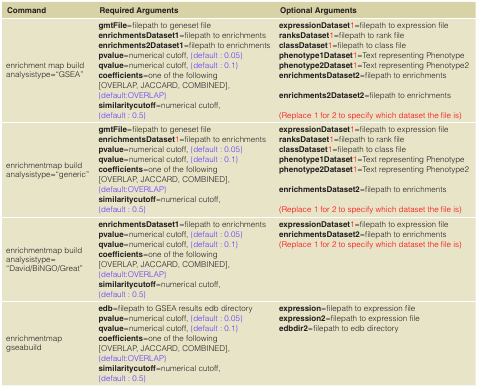
<table><thead><tr><td><b>Command</b></td><td><b>Required Arguments</b></td><td><b>Optional Arguments</b></td></tr></thead><tbody><tr><td>enrichment map buildanalysistype=&quot;GSEA&quot;</td><td><b>gmtFile</b>=filepath to geneset file<b>enrichmentsDataset1</b>=filepath to enrichments<b>enrichments2Dataset1</b>=filepath to enrichments<b>pvalue</b>=numerical cutoff,{default : 0.05}<b>qvalue</b>=numerical cutoff,{default : 0.1}<b>coefficients</b>=one of the following[OVERLAP, JACCARD, COMBINED],{default:OVERLAP}<b>similaritycutoff</b>=numerical cutoff,{default : 0.5}</td><td><b>expressionDataset</b>1=filepath to expression file<b>ranksDataset</b>1=filepath to rank file<b>classDataset</b>1=filepath to class file<b>phenotype1Dataset</b>1=Text representing Phenotype<b>phenotype2Dataset</b>1=Text representing Phenotype2<b>enrichmentsDataset2</b>=filepath to enrichments<b>enrichments2Dataset2</b>=filepath to enrichments(Replace 1 for 2 to specify which dataset the file is)</td></tr><tr><td>enrichmentmap buildanalysistype=&quot;generic&quot;</td><td><b>gmtFile</b>=filepath to geneset file<b>enrichmentsDataset</b>1=filepath to enrichments<b>pvalue</b>=numerical cutoff,{default : 0.05}<b>qvalue</b>=numerical cutoff,{default : 0.1}<b>coefficients</b>=one of the following[OVERLAP, JACCARD, COMBINED],{default:OVERLAP}<b>similaritycutoff</b>=numerical cutoff,{default : 0.5}</td><td><b>expressionDataset</b>1=filepath to expression file<b>ranksDataset</b>1=filepath to rank file<b>classDataset</b>1=filepath to class file<b>phenotype1Dataset</b>1=Text representing Phenotype<b>phenotype2Dataset</b>1=Text representing Phenotype2<b>enrichmentsDataset2</b>=filepath to enrichments(Replace 1 for 2 to specify which dataset the file is)</td></tr><tr><td>enrichmentmap buildanalysistype=&quot;David/BiNGO/Great&quot;</td><td><b>enrichmentsDataset1</b>=filepath to enrichments<b>pvalue</b>=numerical cutoff,{default : 0.05}<b>qvalue</b>=numerical cutoff,{default : 0.1}<b>coefficients</b>=one of the following[OVERLAP, JACCARD, COMBINED],{default:OVERLAP}<b>similaritycutoff</b>=numerical cutoff,{default : 0.5}</td><td><b>expressionDataset</b>1=filepath to expression file<b>enrichmentsDataset2</b>=filepath to enrichments(Replace 1 for 2 to specify which dataset the file is)</td></tr><tr><td>enrichmentmapgseabuild</td><td><b>edb</b>=filepath to GSEA results edb directory<b>pvalue</b>=numerical cutoff,{default : 0.05}<b>qvalue</b>=numerical cutoff,{default : 0.1}<b>coefficients</b>=one of the following[OVERLAP, JACCARD, COMBINED],{default:OVERLAP}<b>similaritycutoff</b>=numerical cutoff,{default : 0.5}</td><td><b>expression</b>=filepath to expression file<b>expression2</b>=filepath to expression file<b>edbdir2</b>=filepath to edb directory</td></tr></tbody></table>